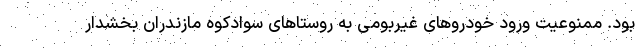
بود. ممنوعیت ورود خودروهای غیربومی به روستاهای سوادکوه مازندران بخشدار